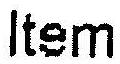
ITEM